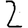
Digit: 2